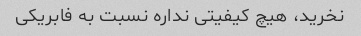
نخرید، هیچ کیفیتی نداره نسبت به فابریکی